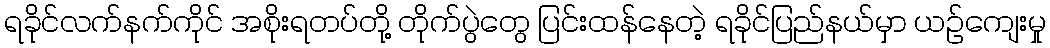
ရခိုင်လက်နက်ကိုင် အစိုးရတပ်တို့ တိုက်ပွဲတွေ ပြင်းထန်နေတဲ့ ရခိုင်ပြည်နယ်မှာ ယဉ်ကျေးမှု